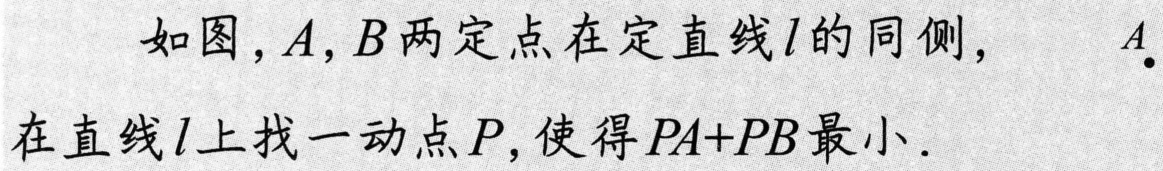
如图，\(A,B\)两定点在定直线\(l\)的同侧， \(A_{\bullet}\)在直线\(l\)上找一动点\(P\)，使得\(PA + PB\)最小．